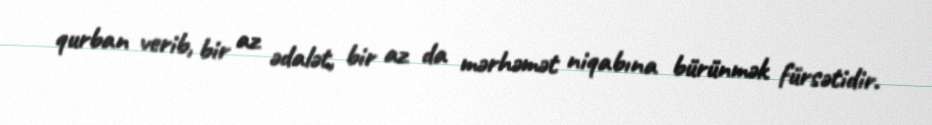
qurban verib, bir az ədalət, bir az da mərhəmət niqabına bürünmək fürsətidir.